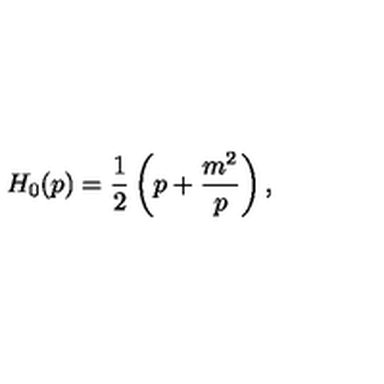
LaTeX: H _ { 0 } ( p ) = \frac 1 2 \left( p + \frac { m ^ { 2 } } { p } \right) ,